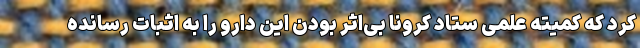
کرد که کمیته علمی ستاد کرونا بی‌اثر بودن این دارو را به اثبات رسانده